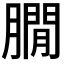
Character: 𦠥